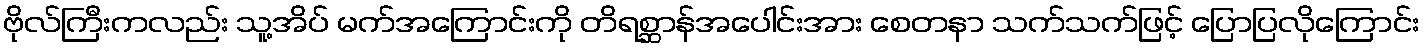
ဗိုလ်ကြီးကလည်း သူ့အိပ် မက်အကြောင်းကို တိရစ္ဆာန်အပေါင်းအား စေတနာ သက်သက်ဖြင့် ပြောပြလိုကြောင်း